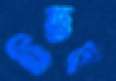
চিতব